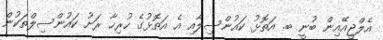
އެލްޖީއޭއިން ބުނީ ބ. އަތޮޅު ކައުންސިލާއި އެ އަތޮޅުގެ ހުރިހާ ރަށު ކައުންސިލްތަކުން